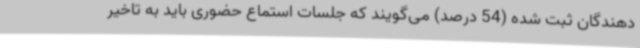
دهندگان ثبت شده (54 درصد) می‌گویند که جلسات استماع حضوری باید به تاخیر